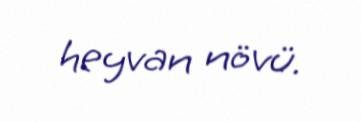
heyvan növü.